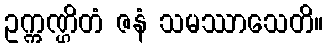
ဥက္ကဏ္ဌိတံ ဇနံ သမဿာသေတိ။